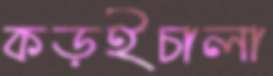
কড়ইচালা